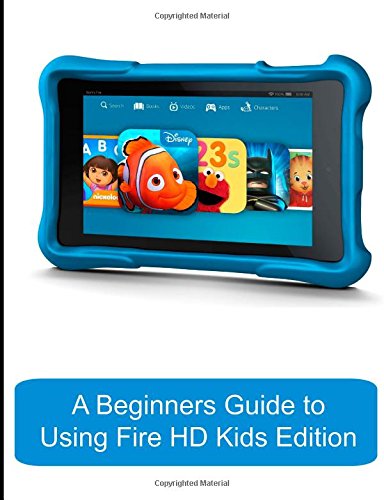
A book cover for A Beginners Guide to Using Kindle Fire HD Kids Edition: A Fire HD Kids Edition Guide for Parents; Katie Morris; Computers & Technology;